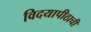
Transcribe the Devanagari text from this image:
विदयापीठाची